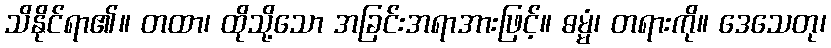
သိနိုင်ရာ၏။ တထာ၊ ထိုသို့သော အခြင်းအရာအားဖြင့်။ ဓမ္မံ၊ တရားကို။ ဒေသေတု၊